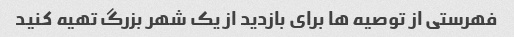
فهرستی از توصیه ها برای بازدید از یک شهر بزرگ تهیه کنید